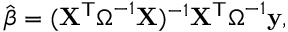
{ \hat { \boldsymbol { \beta } } } = ( \mathbf { X } ^ { \mathsf { T } } { \boldsymbol { \Omega } } ^ { - 1 } \mathbf { X } ) ^ { - 1 } \mathbf { X } ^ { \mathsf { T } } { \boldsymbol { \Omega } } ^ { - 1 } \mathbf { y } ,